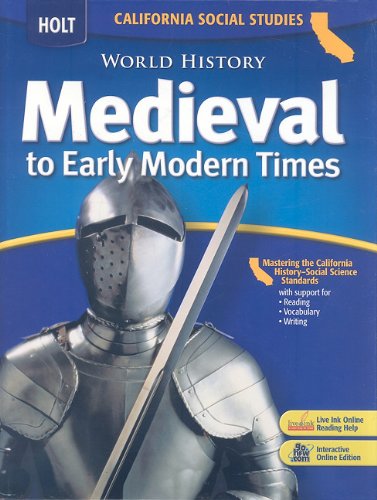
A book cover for World History: Medieval to Early Modern Times (California Social Studies); Stanley M. Burstein; Teen & Young Adult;